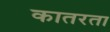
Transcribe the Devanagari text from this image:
कातरता